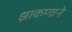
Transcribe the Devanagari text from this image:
झाकणाने